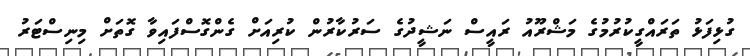
ގުޅިފަޅު ތަރައްގީކުރުމުގެ މަޝްރޫއު ރައީސް ނަޝީދުގެ ސަރުކާރުން ކުރިއަށް ގެންގޮސްފައިވާ ގޮތަށް މިނިސްޓަރު